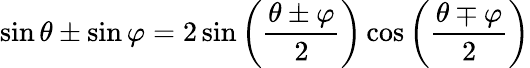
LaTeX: \sin\theta\pm\sin\varphi=2\sin\left({\frac{\theta\pm\varphi}{2}}\right)\cos\left({\frac{\theta\mp\varphi}{2}}\right)